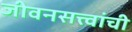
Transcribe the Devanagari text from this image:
जीवनसत्त्वांची